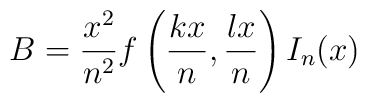
B=\frac{x^2}{n^2}f\left(\frac{kx}{n},\frac{lx}{n}\right)I_n(x)